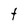
Character: t